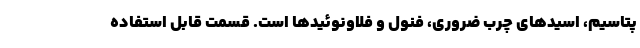
پتاسیم، اسیدهای چرب ضروری، فنول و فلاونوئیدها است. قسمت قابل استفاده